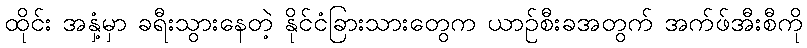
ထိုင်း အနှံ့မှာ ခရီးသွားနေတဲ့ နိုင်ငံခြားသားတွေက ယာဉ်စီးခအတွက် အက်ဖ်အီးစီကို